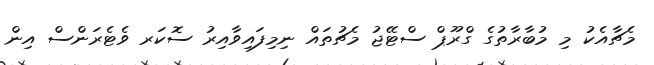
މެޗާއެކު މި މުބާރާތުގެ ގްރޫޕް ސްޓޭޖު މެޗުތައް ނިމިފައިވާއިރު ސޮކަރ ވެޓެރަންސް އިން